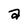
Character: a